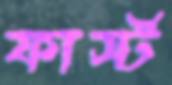
ফার্স্ট